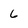
Character: 6